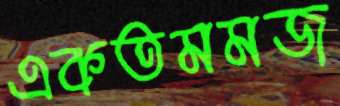
একতমমজ